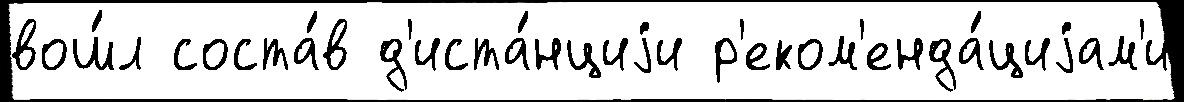
вош́л соста́в д'иста́нциjи р'еком'енда́циjам'и